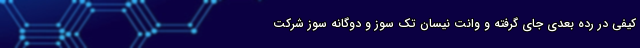
کیفی در رده بعدی جای گرفته و وانت نیسان تک سوز و دوگانه سوز شرکت